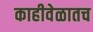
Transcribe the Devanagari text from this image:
काहीवेळातच